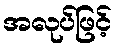
အလုပ်ဖြင့်